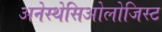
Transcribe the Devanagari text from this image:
अनेस्थेसिओलोजिस्ट